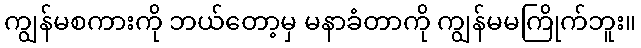
ကျွန်မစကားကို ဘယ်တော့မှ မနာခံတာကို ကျွန်မမကြိုက်ဘူး။